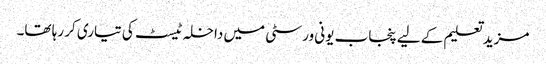
مزید تعلیم کے لیے پنجاب یونی ورسٹی میں داخلہ ٹیسٹ کی تیاری کر رہا تھا۔